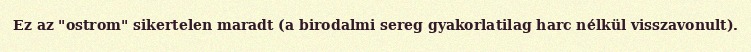
Ez az "ostrom" sikertelen maradt (a birodalmi sereg gyakorlatilag harc nélkül visszavonult).